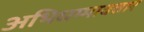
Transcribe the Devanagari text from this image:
अभिधम्मावतार